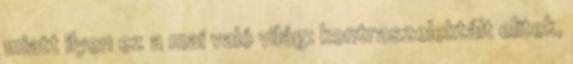
mi­att ilyen ez a mai való világ: kontraszelektált elitek,